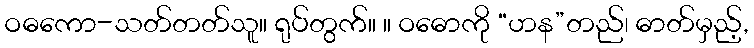
ဝဓကော-သတ်တတ်သူ။ ရုပ်တွက်။ ။ ဝဓောကို “ဟန”တည်၊ ဓာတ်မှည့်,